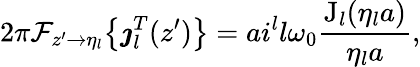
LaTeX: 2\pi\mathcal{F}_{z^{\prime}\rightarrow\eta_{l}}\big\{ \boldsymbol{\jmath}_{l}^{T}(z^{\prime})\big\} =ai^{l}l\omega_{0}\frac{\mathrm{J}_{l}(\eta_{l}a)}{\eta_{l}a},